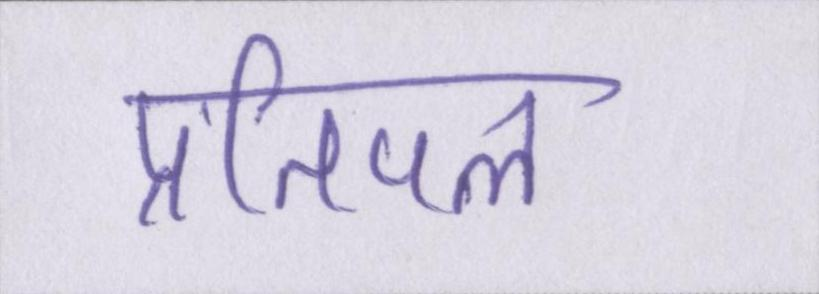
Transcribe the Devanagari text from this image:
प्रतिपल